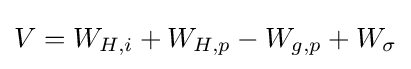
V=W_{H,i}+W_{H,p}-W_{g,p}+W_{\sigma }